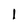
Character: I